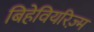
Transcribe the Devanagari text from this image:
बिहेवियरिज़्म